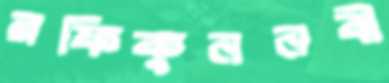
রফিকুননবী